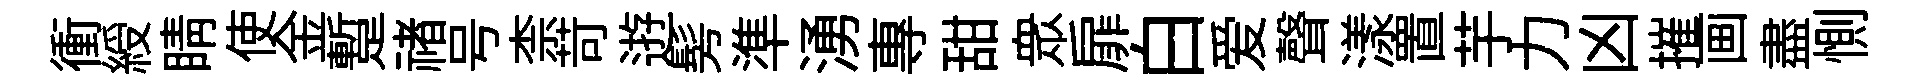
衝綬睛使金蹔禇号柰苛逰髣準湧專甜衆扉白爱聲漾置芋力凶摧画盡惻